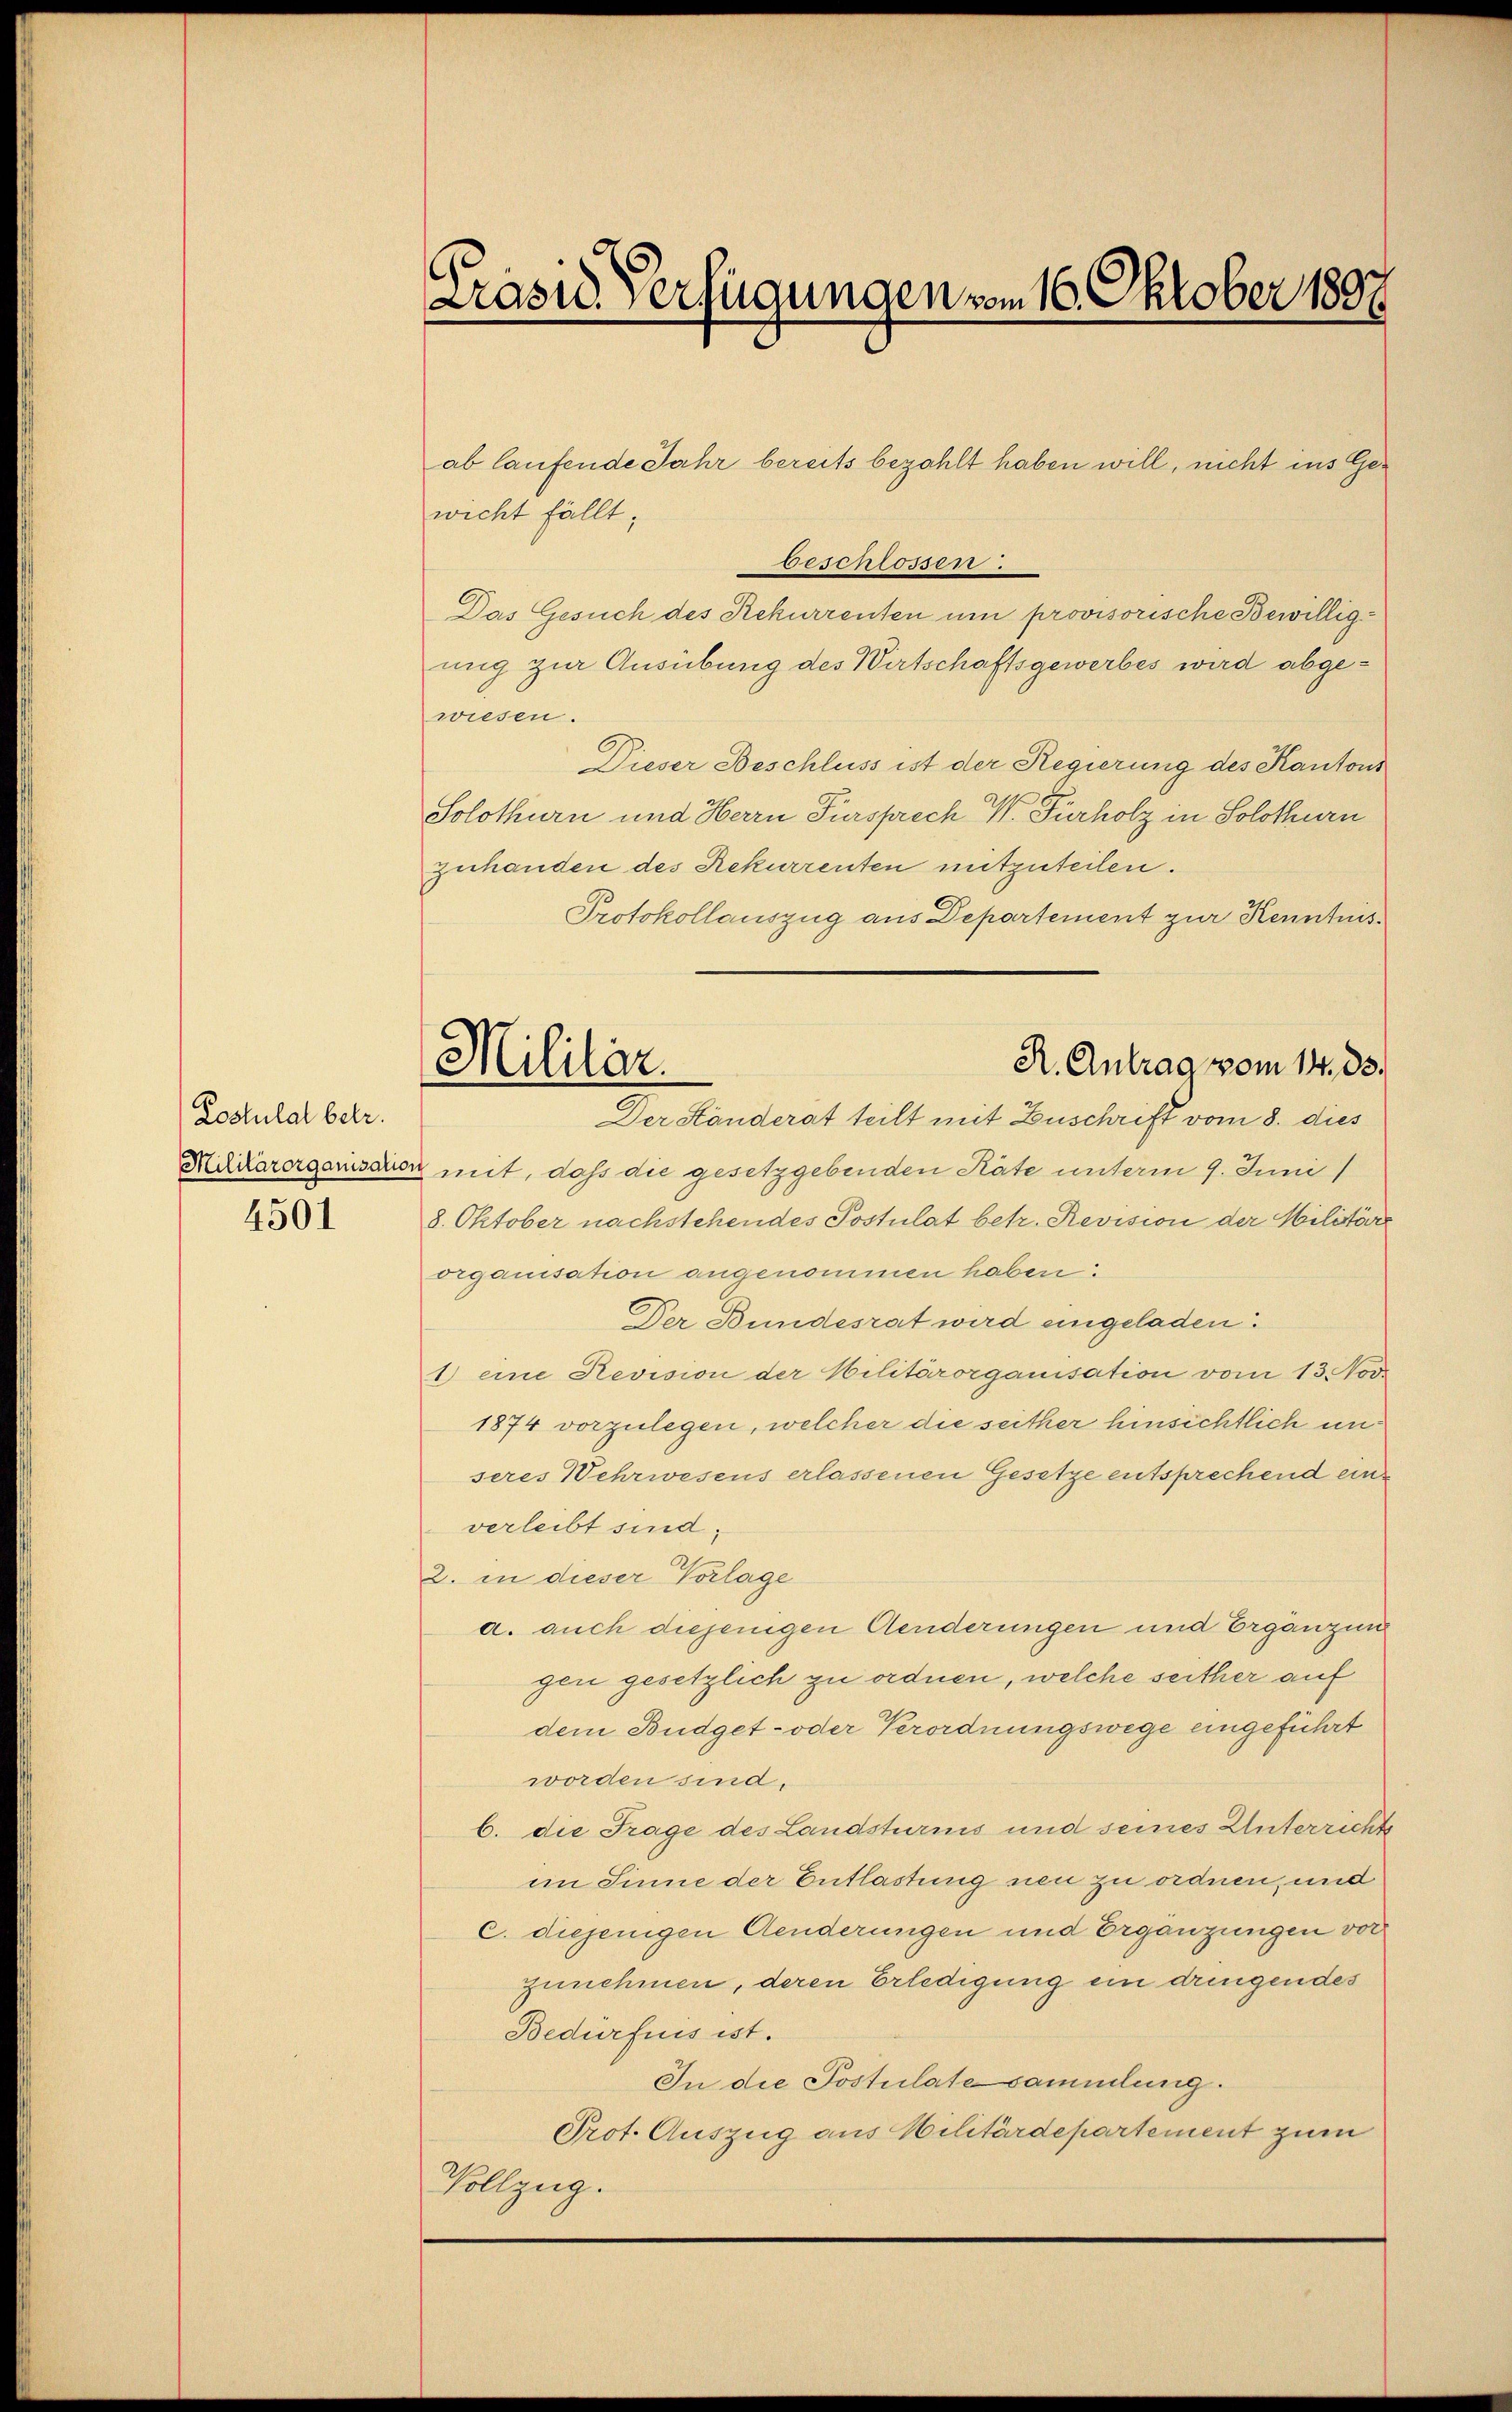
Postulat betr.
Militärorganisatio

4501

Prasie Verfügungen vom 16. Oktober 1807

Militär.

ab laufende Jahr bereits bezahlt haben will, nicht ins Gewicht fällt;
beschlossen.
Das Gesuch des Rekurrenten um provisorische Bewilligung zur Ausübung des Wirtschaftsgewerbes wird abgewiesen.
Dieser Beschluss ist der Regierung des Kantons
Solothurn und Herrn Fürsprech W. Fürholz in Solothurn
Zuhanden des Rekurrenten mitzuteilen.
Protokollauszug aus Departement zur Kenntnis¬
R. Antrag vom 14. ds.
Der Ständerat teilt mit Zuschrift vom 8. dies
& mit, daß die gesetzgebenden Räte unterm 9. Juni
8. Oktober nachstehendes Postulat betr. Revision der Militäre
organisation angenommen haben:
Der Bundesrat wird eingeladen:
1 eine Revision der Militärorganisation vom 13. Nov
1874 vorzulegen, welcher die seither hinsichtlich unseres Wehrwesens erlassenen Gesetze entsprechend eine
verleibt sind,
2. in dieser Vorlage
a. auch diejenigen Aenderungen und Ergänzun
gen gesetzlich zu ordnen, welche seither auf
dem Budget- oder Verordnungswege eingeführt
worden sind.
b. die Frage des Landsturnis und seines Unterrichts
im Sinne der Entlastung neu zu ordnen, und
C. diejenigen Aenderungen und Ergänzungen vor
zunehmen, deren Erledigung ein dringendes
Bedürfnis ist.
In die Postulate sammlung.
Prot. Auszug aus Militärdepartement zum
Vollzug.